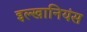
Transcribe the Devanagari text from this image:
इल्खानियंस